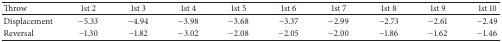
<table><thead><tr><td><b>Throw</b></td><td><b>1st 2</b></td><td><b>1st 3</b></td><td><b>1st 4</b></td><td><b>1st 5</b></td><td><b>1st 6</b></td><td><b>1st 7</b></td><td><b>1st 8</b></td><td><b>1st 9</b></td><td><b>1st 10</b></td></tr></thead><tbody><tr><td>Displacement</td><td>−5.33</td><td>−4.94</td><td>−3.98</td><td>−3.68</td><td>−3.37</td><td>−2.99</td><td>−2.73</td><td>−2.61</td><td>−2.49</td></tr><tr><td>Reversal</td><td>−1.30</td><td>−1.82</td><td>−3.02</td><td>−2.08</td><td>−2.05</td><td>−2.00</td><td>−1.86</td><td>−1.62</td><td>−1.46</td></tr></tbody></table>